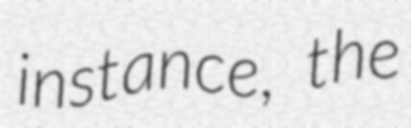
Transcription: instance, the